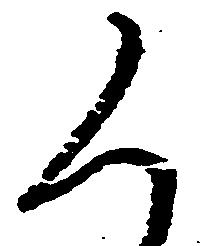
く